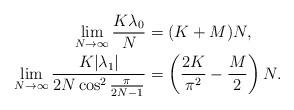
LaTeX: \begin{align*}\lim\limits_{N \rightarrow\infty}\frac{K\lambda_0}{N} & = (K+M)N,\\\lim\limits_{N \rightarrow\infty}\frac{K|\lambda_1|}{2N\cos^2 \frac{\pi}{2N-1}} & = \left ( \frac{2K}{\pi^2} -\frac{M}{2}\right )N.\end{align*}